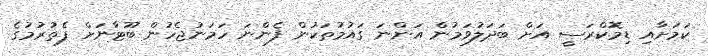
ކަމަށާއި ޑިމޮކްރަސީ އަށް ބަދަލުވަމުން އަންނަ ގައުމުތަކުން ފެންނަ ހަމަނުޖެހުން ބޫޓާނަށް ފެތުރުމުގެ